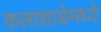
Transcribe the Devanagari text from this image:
कलाशाळेमध्ये